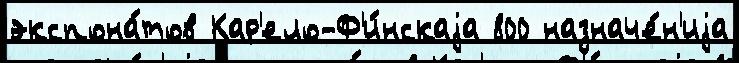
экспона́тов Кар'ело-Ф'и́нскаjа 800 назначе́н'иjа